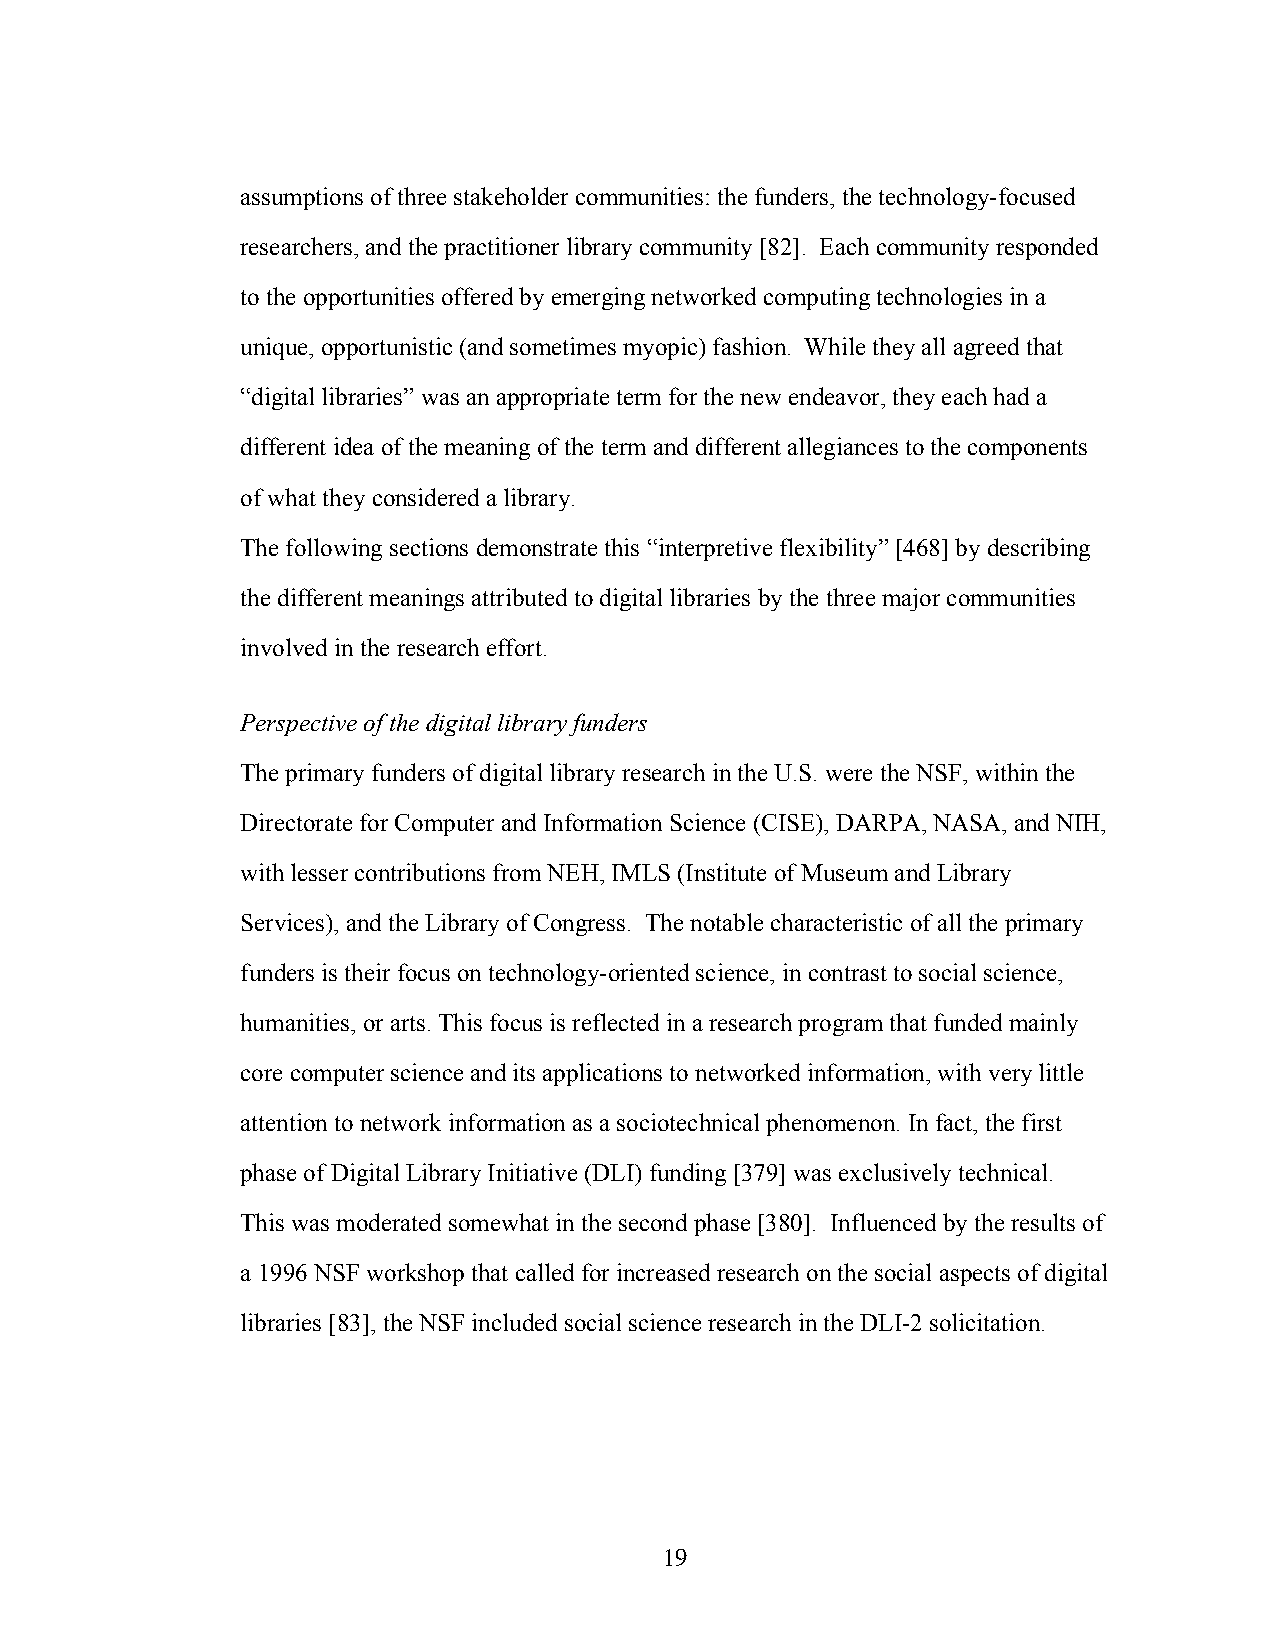
assumptions of three stakeholder communities: the funders, the technology-focused
 researchers, and the practitioner library community [82]. Each community responded
 to the opportunities offered by emerging networked computing technologies in a
 unique, opportunistic (and sometimes myopic) fashion. While they all agreed that
 “digital libraries” was an appropriate term for the new endeavor, they each had a
 different idea of the meaning of the term and different allegiances to the components
 of what they considered a library.
 The following sections demonstrate this “interpretive flexibility” [468] by describing
 the different meanings attributed to digital libraries by the three major communities
 involved in the research effort.
 Perspective of the digital library funders
 The primary funders of digital library research in the U.S. were the NSF, within the
 Directorate for Computer and Information Science (CISE), DARPA, NASA, and NIH,
 with lesser contributions from NEH, IMLS (Institute of Museum and Library
 Services), and the Library of Congress. The notable characteristic of all the primary
 funders is their focus on technology-oriented science, in contrast to social science,
 humanities, or arts. This focus is reflected in a research program that funded mainly
 core computer science and its applications to networked information, with very little
 attention to network information as a sociotechnical phenomenon. In fact, the first
 phase of Digital Library Initiative (DLI) funding [379] was exclusively technical.
 This was moderated somewhat in the second phase [380]. Influenced by the results of
 a 1996 NSF workshop that called for increased research on the social aspects of digital
 libraries [83], the NSF included social science research in the DLI-2 solicitation.
 19